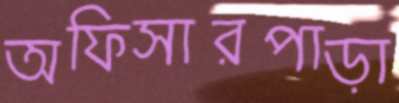
অফিসারপাড়া